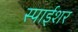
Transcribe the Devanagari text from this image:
स्पाईशर